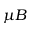
\mu { B }